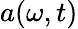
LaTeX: a(\omega,t)